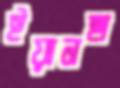
ইয়ানছা